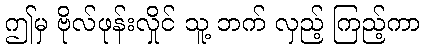
ဤမှ ဗိုလ်ဖုန်းလှိုင် သူ့ ဘက် လှည့် ကြည့်ကာ